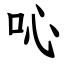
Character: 吣